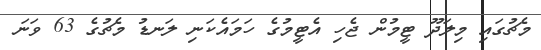
މެޗުގައި މިލަދޫ ޓީމުން ޖެހި އެޓީމުގެ ހަމައެކަނި ލަނޑު މެޗުގެ 63 ވަނަ